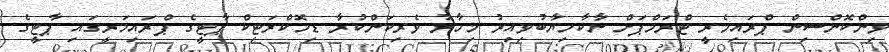
ވިންކޮންސިން ޕްރައިމެރީ ޓްރަމްޕަށް ނާކާމިޔާބުވިއިރު މިހާރު ވެރިކަންކުރާ ޑިމޮކްރަޓިކް ޕާޓީގެ ޕްރައިމަރީގައި ޕާޓީގެ